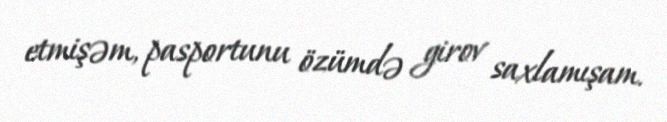
etmişəm, pasportunu özümdə girov saxlamışam.